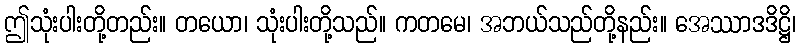
ဤသုံးပါးတို့တည်း။ တယော၊ သုံးပါးတို့သည်။ ကတမေ၊ အဘယ်သည်တို့နည်း။ အေဿာဒဒိဋ္ဌိ၊